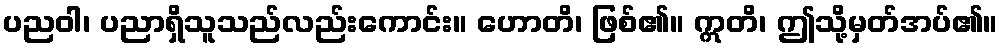
ပညဝါ၊ ပညာရှိသူသည်လည်းကောင်း။ ဟောတိ၊ ဖြစ်၏။ ဣတိ၊ ဤသို့မှတ်အပ်၏။